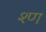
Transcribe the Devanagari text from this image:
श्ण